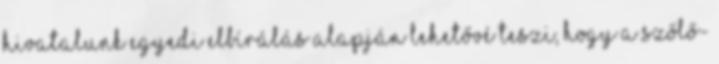
Hivatalunk egyedi elbírálás alapján lehetővé teszi, hogy a szőlő-